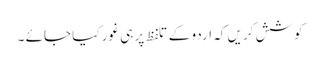
کوشش کریں کہ اردو کے تلفظ پر ہی غور کیا جائے ۔